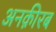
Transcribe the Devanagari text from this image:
अनक़ीरब